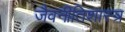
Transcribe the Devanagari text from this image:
जैवनीतिशास्त्र